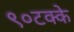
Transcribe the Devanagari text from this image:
९०टक्के